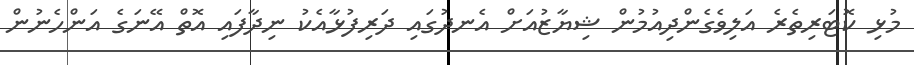
މުޅި ކޮޓަރިތެރެ އަލިވެގެންދިއުމުން ޝިޔާޒުއަށް އެނދުގައި ދަރިފުޅާއެކު ނިދާފައި އޮތް އޭނަގެ އަންހެނުން